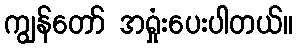
ကျွန်တော် အရှုံးပေးပါတယ်။